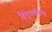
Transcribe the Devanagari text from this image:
हिंदुधर्मीयांचा